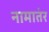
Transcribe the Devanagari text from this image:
नामातंर